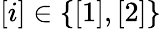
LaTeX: [i]\in\{ [1],[2]\}